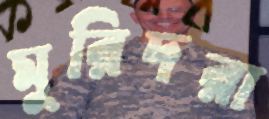
মুরিদরা